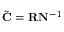
\tilde { \mathbf { C } } = \mathbf { R } \mathbf { N } ^ { - 1 }